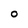
Character: o